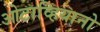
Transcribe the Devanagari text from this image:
ओटाव्हियानो